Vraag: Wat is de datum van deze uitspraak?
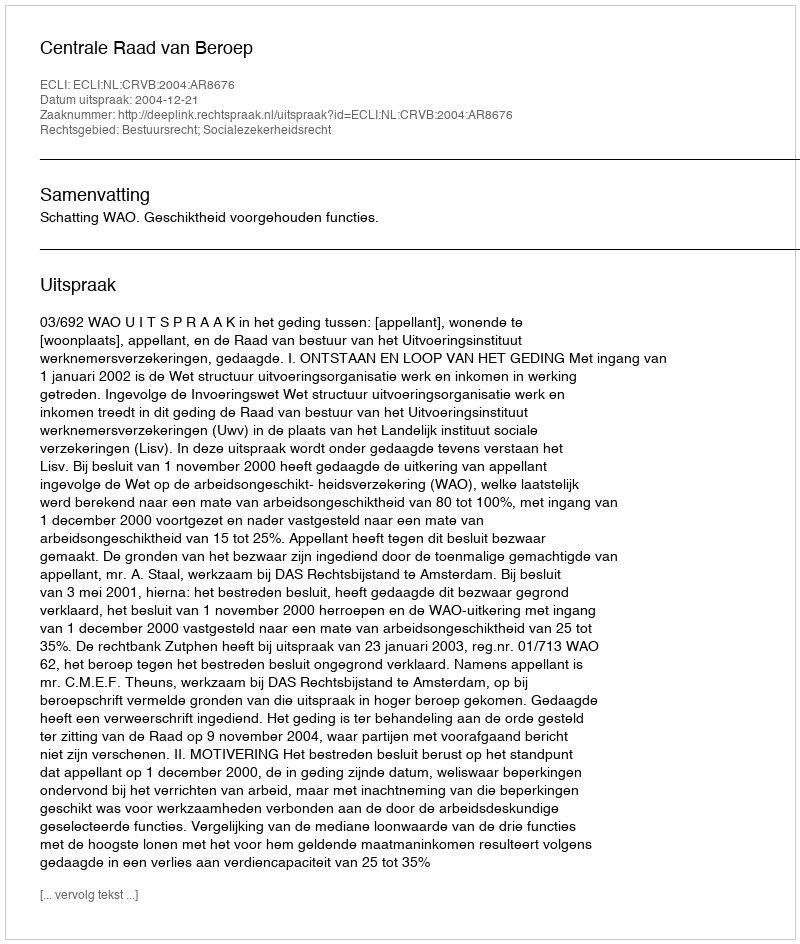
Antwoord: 2004-12-21